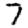
Digit: 7